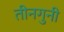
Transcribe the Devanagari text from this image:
तीनगुनी